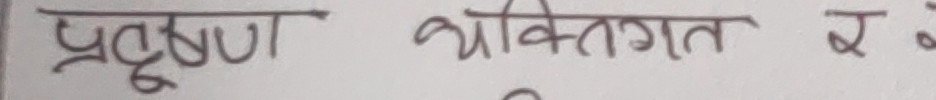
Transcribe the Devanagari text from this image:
प्रदूषण व्यक्तिगत र